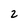
Character: 2